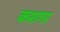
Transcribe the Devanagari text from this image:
कशगर